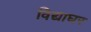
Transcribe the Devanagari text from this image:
विद्याघर